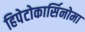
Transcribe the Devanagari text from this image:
हिपेटोकार्सिनोमा